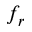
f _ { r }